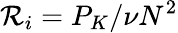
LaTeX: \mathcal{R}_{i}=P_{K}/\nu N^{2}